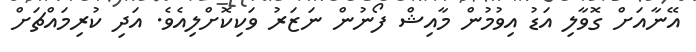
އޭނާއަށް ގޮވާލި އަޑު އިވުމުން މާއިޝް ފޯނުން ނަޒަރު ވަކިކޮށްލިއެވެ. އަދި ކުރިމައްޗަށް